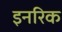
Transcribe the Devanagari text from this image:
इनरिक